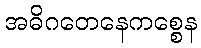
အဓိဂတေနေကစ္စေန